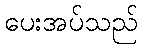
ပေးအပ်သည်